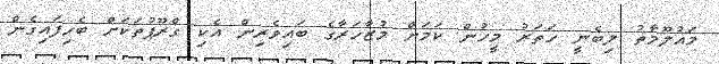
މައުލޫމާތު ލިބެނީ ހަތަރު މީހުން ކަމަށް މުޒާހަރާގެ ބައިވެރިން އެކި ގްރޫޕުތަކަށް ބެހިފައިގެން